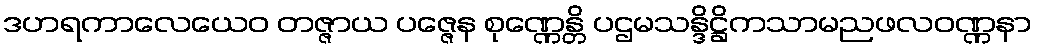
ဒဟရကာလေယေဝ တဇ္ဇာယ ပဇ္ဇေန စုဏ္ဏေန္တိ ပဌမသန္ဒိဋ္ဌိကသာမညဖလဝဏ္ဏနာ